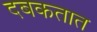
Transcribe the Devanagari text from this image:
दबकतात